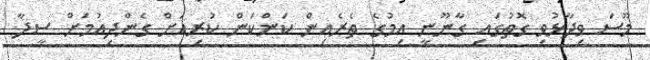
މޫސަ ވިދާޅުވި ގޮތުގައި ގާނޫނީ އިމުގެ ތެރެއިން ކަންކަން ކުރިއަށް ގެންދިއުމަށް ސީދާ